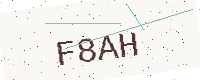
Text: F8AH